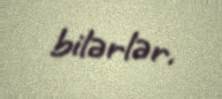
bilərlər.